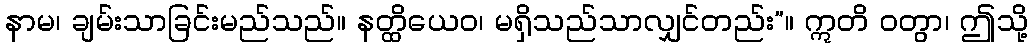
နာမ၊ ချမ်းသာခြင်းမည်သည်။ နတ္ထိယေဝ၊ မရှိသည်သာလျှင်တည်း”။ ဣတိ ဝတွာ၊ ဤသို့